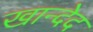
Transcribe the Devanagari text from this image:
खान्देद